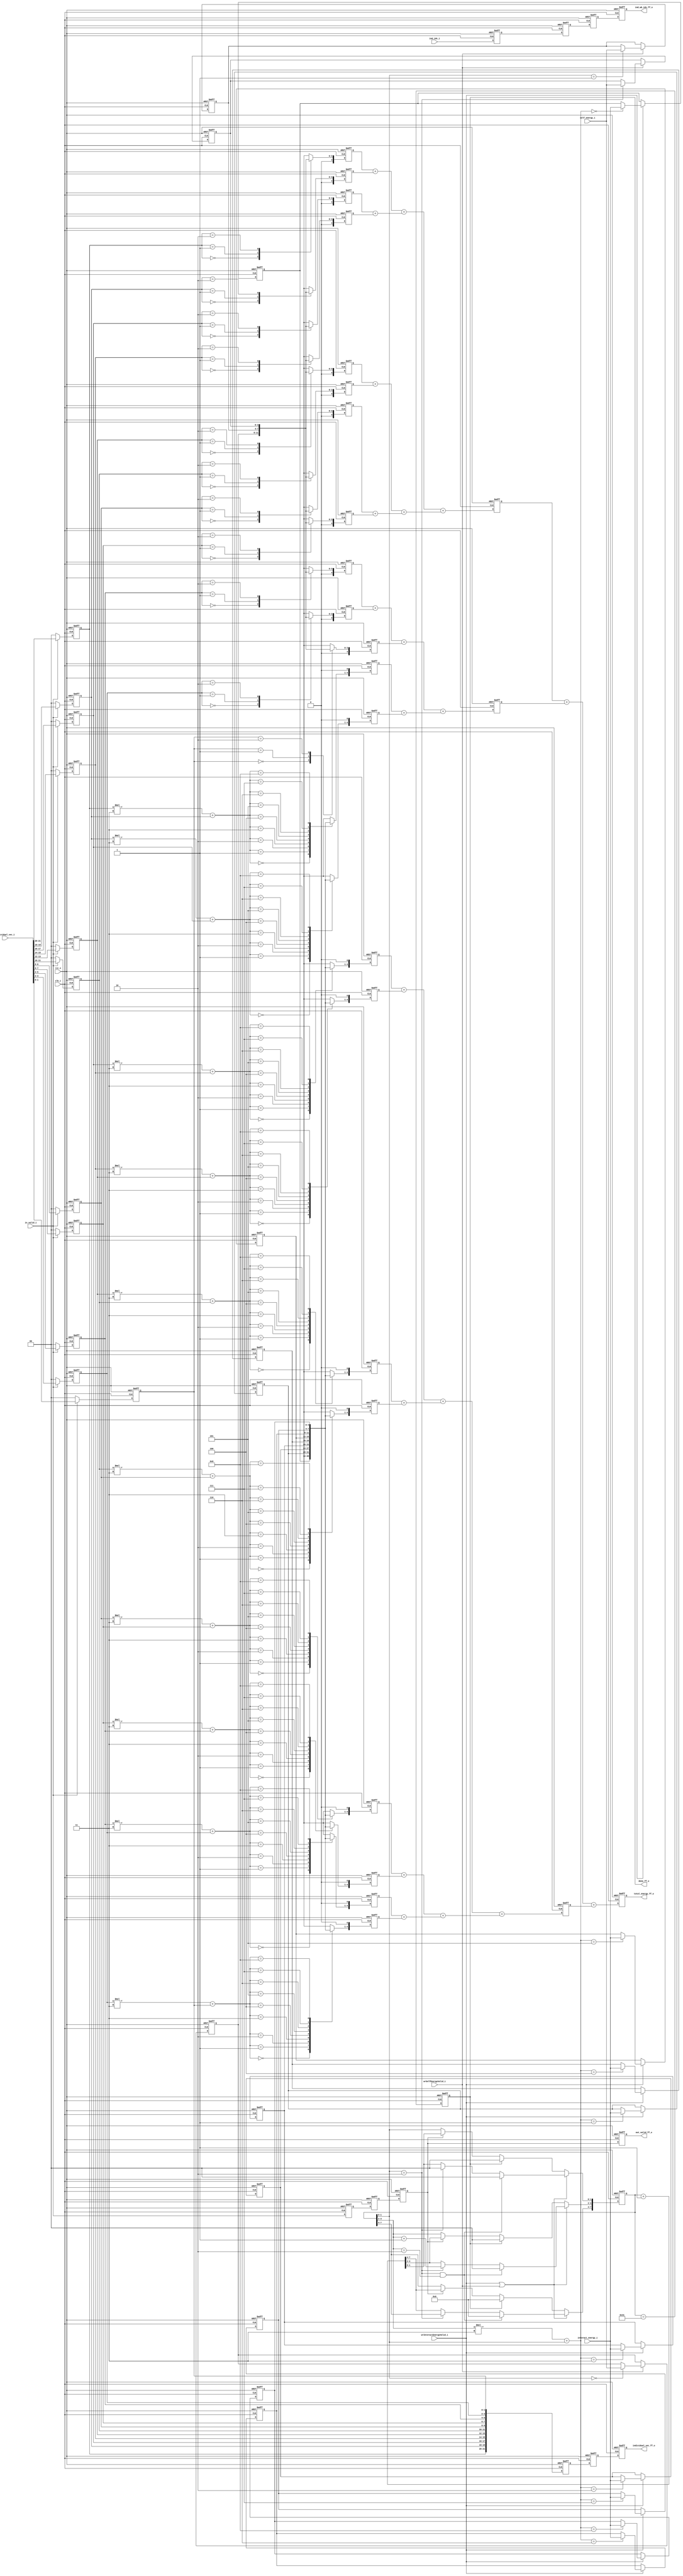
module fitness_eval #(
           parameter NUM_PARTICLE_TYPE        = 3  ,
           parameter DATA_WIDTH               = 4  ,
           parameter PARTICLE_LENGTH          = 2  ,
           parameter LATTICE_LENGTH           = 11 ,
           parameter SELF_FIT_LENGTH          = 10 ,
           parameter SELF_ENERGY_VEC_LENGTH   = NUM_PARTICLE_TYPE,
           parameter INTERACTION_MATRIX_LENGTH = (NUM_PARTICLE_TYPE**2),
           parameter INDIVIDUAL_LENGTH        = LATTICE_LENGTH * PARTICLE_LENGTH,
           parameter POP_SIZE                 = 50,
           parameter IDX_WIDTH                = 8,
           parameter PTR_LENGTH               = 2
       ) (
           //Inputs
           input clk_i,
           input rst_n,
           input [DATA_WIDTH   -1 : 0 ]                 self_energy_i,
           input [DATA_WIDTH   -1 : 0]                  interact_energy_i,
           input [INDIVIDUAL_LENGTH   -1 :0]            individual_vec_i,
           input  wrSelfEnergyValid_i,
           input  wrInteractEnergyValid_i,
           input  in_valid_i,
           input [IDX_WIDTH -1 :0]  ind_idx_i,

           //Outputs
           output reg out_valid_ff_o,
           output reg done_ff_o,
           output reg[SELF_FIT_LENGTH-1:0] total_energy_ff_o,
           output reg[INDIVIDUAL_LENGTH - 1 :0] individual_vec_ff_o,
           output reg[IDX_WIDTH-1:0] ind_wb_idx_ff_o
       );
//================================================================
//  LOCAL PARAMETERS
//================================================================
//SelfEnergy = SE
//IneractEnergy = IE
localparam SE_DF_ADD1_PIPE_DEPTH = LATTICE_LENGTH;
localparam IE_DF_ADD1_PIPE_DEPTH = LATTICE_LENGTH - 1;

localparam LV1_SE_ADDER_NUM = 6;
localparam LV1_IE_ADDER_NUM = 5;

localparam LV2_SE_ADDER_NUM = 3;
localparam LV2_IE_ADDER_NUM = 3;

localparam LV3_ADDER_NUM = 3;

localparam LV1_ADD_RESULT_WIDTH  = DATA_WIDTH + 2;
localparam LV2_ADD_RESULT_WIDTH  = DATA_WIDTH + 3;
localparam LV3_ADD_RESULT_WIDTH  = DATA_WIDTH + 4;
localparam LV4_ADD_RESULT_WIDTH  = DATA_WIDTH + 5;
localparam LV5_ADD_RESULT_WIDTH  = SELF_FIT_LENGTH;

localparam DF_ADD1_PIPE_WIDTH    = DATA_WIDTH + 1;
localparam PARTIAL_ENERGY_PIPE_WIDTH   = LV3_ADD_RESULT_WIDTH;

localparam CNT_WIDTH = 8;

//================================================================
//  INNER COMPONENTS
//================================================================
// Interact matrix ptr
wire[PTR_LENGTH-1:0] interactMatrix_RowPtr;
wire[PTR_LENGTH-1:0] interactMatrix_ColPtr;

// SelfEnergy ptr
wire[PTR_LENGTH-1:0] selfEnergyPtr;

// Buffer stage
reg[PARTICLE_LENGTH - 1 :0] individual_buffer[0:LATTICE_LENGTH-1];
reg in_valid_buf;
reg[IDX_WIDTH-1:0] ind_idx_buf;

// DF stage
reg[DATA_WIDTH - 1 :0] self_energy_vec_rf[0:NUM_PARTICLE_TYPE-1];
reg[DATA_WIDTH - 1 :0] interact_matrix_rf[0:NUM_PARTICLE_TYPE-1][0:NUM_PARTICLE_TYPE-1];

reg[DF_ADD1_PIPE_WIDTH - 1: 0] self_energy_DF_ADD1_pipe[0:SE_DF_ADD1_PIPE_DEPTH-1];
reg[DF_ADD1_PIPE_WIDTH - 1: 0] interact_energy_DF_ADD1_pipe[0:IE_DF_ADD1_PIPE_DEPTH-1];
reg in_valid_DF_ADD1_pipe;
reg[IDX_WIDTH -1 :0] ind_idx_DF_ADD1_pipe;
reg[INDIVIDUAL_LENGTH  - 1 :0] individual_vec_DF_ADD1_pipe;

// ADD1 stage
wire[LV1_ADD_RESULT_WIDTH-1:0]      self_energy_add_tree_lv1          [0:LV1_SE_ADDER_NUM -1];
wire[LV2_ADD_RESULT_WIDTH-1:0]      self_energy_add_tree_lv2          [0:LV2_SE_ADDER_NUM -1];

wire[LV1_ADD_RESULT_WIDTH-1:0]      interact_energy_add_tree_lv1      [0:LV1_IE_ADDER_NUM - 1];
wire[LV2_ADD_RESULT_WIDTH-1:0]      interact_energy_add_tree_lv2      [0:LV2_IE_ADDER_NUM - 1];

wire[LV3_ADD_RESULT_WIDTH-1:0]      partial_energy_add_tree_lv3       [0:LV3_ADDER_NUM-1];

reg[PARTIAL_ENERGY_PIPE_WIDTH-1 : 0]     partial_energy_ADD1_ADD2_pipe[0:LV3_ADDER_NUM-1];
reg[INDIVIDUAL_LENGTH        -1 : 0]     individual_vec_ADD1_ADD2_pipe;
reg[IDX_WIDTH-1:0]                       ind_idx_add1_add2_pipe;
reg in_valid_ADD1_ADD2_pipe;

//ADD2 and output stage

reg[CNT_WIDTH -1:0] individual_cnt;

wire wrInteractMatrix_done_flag ;
wire wrSelfEnergy_done_flag;

wire[LV5_ADD_RESULT_WIDTH-1: 0] total_energy_wr;
wire done_flag;
wire wrInteractRight_bound_reach_flag = interactMatrix_ColPtr == NUM_PARTICLE_TYPE-1;
wire wrInteractLower_bound_reach_flag = interactMatrix_RowPtr == NUM_PARTICLE_TYPE-1;


//================================================================
//  GENERATE VARAIBLE
//================================================================
genvar adder_idx;
integer pipe_idx;
integer i,j;

//================================================================
//  MAIN DESIGN
//================================================================
//===============================//
//  BUFFER STAGE                 //
//===============================//
always @(posedge clk_i or negedge rst_n )
begin : IN_VALID_BUF
    if(~rst_n)
    begin
        in_valid_buf <= 1'b0;
        ind_idx_buf  <= 1'b0;
    end
    else
    begin
        in_valid_buf <= in_valid_i;
        ind_idx_buf  <= ind_idx_i;
    end
    // in_valid_buf <= ~rst_n ? 1'b0 : in_valid_i;
    // ind_idx_buf  <= ~rst_n ? 1'b0 : ind_idx_i;
end


always @(posedge clk_i or negedge rst_n)
begin: IND_BUF
    // for(i=0;i<LATTICE_LENGTH;i=i+1)
    // begin
    if(~rst_n)
    begin
        for(i=0;i<LATTICE_LENGTH;i=i+1)
        begin
            individual_buffer[i] <= 'd0;
        end
    end
    else
    begin
        for(i=0;i<LATTICE_LENGTH;i=i+1)
        begin
            individual_buffer[i] <= in_valid_i ? individual_vec_i[INDIVIDUAL_LENGTH-1 - PARTICLE_LENGTH*i -: PARTICLE_LENGTH] : 'd0;
        end
    end
    // end
end

//==============================//
//  Data Fetch(DF) stage        //
//==============================//
always @(posedge clk_i or negedge rst_n)
begin: SELF_ENERGY_VEC_RF
    // for(i=0;i<NUM_PARTICLE_TYPE;i=i+1)
    // begin
    if(~rst_n)
    begin
        for(i=0;i<NUM_PARTICLE_TYPE;i=i+1)
        begin
            self_energy_vec_rf[i] <= 'd0;
        end
    end
    else if(wrSelfEnergyValid_i)
    begin
        for(i=0;i<NUM_PARTICLE_TYPE;i=i+1)
        begin
            self_energy_vec_rf[selfEnergyPtr] <= self_energy_i;
        end
    end
    else
    begin
        for(i=0;i<NUM_PARTICLE_TYPE;i=i+1)
        begin
            self_energy_vec_rf[i] <= self_energy_vec_rf[i];
        end
    end
    // end
end

always @(posedge clk_i or negedge rst_n)
begin: INTERACT_MATRIX_RF
    // for(i=0;i<NUM_PARTICLE_TYPE;i=i+1)
    // for(j=0;j<NUM_PARTICLE_TYPE;j=j+1)
    // begin
    if(~rst_n)
    begin
        for(i=0;i<NUM_PARTICLE_TYPE;i=i+1)
        begin
            for(j=0;j<NUM_PARTICLE_TYPE;j=j+1)
            begin
                interact_matrix_rf[i][j] <= 'd0;
            end
        end
    end
    else if(wrInteractEnergyValid_i)
    begin
        interact_matrix_rf[interactMatrix_RowPtr][interactMatrix_ColPtr] <= interact_energy_i;
    end
    else
    begin
        for(i=0;i<NUM_PARTICLE_TYPE;i=i+1)
        begin
            for(j=0;j<NUM_PARTICLE_TYPE;j=j+1)
            begin
                interact_matrix_rf[i][j] <= interact_matrix_rf[i][j];
            end
        end
    end
    // end
end

//=====================//
//  DF/ADD1            //
//=====================//

always @(posedge clk_i or negedge rst_n)
begin: SELF_ENERGY_DF_ADD1_PIPE
    // for(i = 0; i < LATTICE_LENGTH ; i = i + 1)
    if(~rst_n)
    begin
        for(i = 0; i < LATTICE_LENGTH ; i = i + 1)
        begin
            self_energy_DF_ADD1_pipe[i] <= 'd0;
        end
    end
    else
    begin
        for(i = 0; i < LATTICE_LENGTH ; i = i + 1)
        begin
            self_energy_DF_ADD1_pipe[i] <= self_energy_vec_rf[individual_buffer[i]];
        end
    end
end

always @(posedge clk_i or negedge rst_n)
begin: INTERACT_ENERGY_DF_ADD1_PIPE
    // for(i=0;i<LATTICE_LENGTH-1;i=i+1)
    if(~rst_n)
    begin
        for(i=0;i<LATTICE_LENGTH-1;i=i+1)
        begin
            interact_energy_DF_ADD1_pipe[i] <= 'd0;
        end
    end
    else
    begin
        for(i=0;i<LATTICE_LENGTH-1;i=i+1)
        begin
            interact_energy_DF_ADD1_pipe[i] <= (interact_matrix_rf[individual_buffer[i]][individual_buffer[i+1]] << 1);
        end
    end

end

always @(posedge clk_i or negedge rst_n)
begin: INDIVIDUAL_VEC_DF_ADD1_PIPE
    // for(i=0;i<LATTICE_LENGTH;i=i+1)
    // begin
    if(~rst_n)
    begin
        individual_vec_DF_ADD1_pipe <= 'd0;
    end
    else
    begin
        for(i=0;i<LATTICE_LENGTH;i=i+1)
        begin
            individual_vec_DF_ADD1_pipe[INDIVIDUAL_LENGTH-1 - PARTICLE_LENGTH*i -: PARTICLE_LENGTH] <= individual_buffer[i];
        end
    end
    // end
end



always @(posedge clk_i or negedge rst_n )
begin: IN_VALID_DF_ADD1_PIPE
    if(~rst_n)
    begin
        in_valid_DF_ADD1_pipe<= 1'b0;
        ind_idx_DF_ADD1_pipe <= 1'b0;
    end
    else
    begin
        in_valid_DF_ADD1_pipe<= in_valid_buf;
        ind_idx_DF_ADD1_pipe <= ind_idx_buf;
    end

    // in_valid_DF_ADD1_pipe      <= ~rst_n ? 1'b0 : in_valid_buf;
    // ind_idx_DF_ADD1_pipe       <= ~rst_n ? 1'b0 : ind_idx_buf;
end

//=======================//
//  ADD1 stage           //
//=======================//
//lv1.
generate
    for(adder_idx =0; adder_idx < LV1_SE_ADDER_NUM-1; adder_idx = adder_idx +1)
    begin: LV1_SE_adder_Tree1
        assign self_energy_add_tree_lv1[adder_idx] = (self_energy_DF_ADD1_pipe[adder_idx*2] + self_energy_DF_ADD1_pipe[adder_idx*2+ 1]);
    end
    assign self_energy_add_tree_lv1[LV1_SE_ADDER_NUM-1] = {1'b0,self_energy_DF_ADD1_pipe[LATTICE_LENGTH-1]};

    for(adder_idx =0; adder_idx < LV1_IE_ADDER_NUM; adder_idx = adder_idx +1)
    begin: LV1_IE_adder_Tree1
        assign interact_energy_add_tree_lv1[adder_idx] = (interact_energy_DF_ADD1_pipe[adder_idx*2] + interact_energy_DF_ADD1_pipe[adder_idx*2 + 1]);
    end
endgenerate

//lv2
generate
    for(adder_idx =0; adder_idx < LV2_SE_ADDER_NUM; adder_idx = adder_idx +1)
    begin: LV2_SE_adder_Tree2
        if(adder_idx == LV2_SE_ADDER_NUM-1)
        begin
            assign self_energy_add_tree_lv2[adder_idx] = (self_energy_add_tree_lv1[adder_idx*2] + {1'b0,self_energy_DF_ADD1_pipe[LATTICE_LENGTH-1]} );
        end
        else
        begin
            assign self_energy_add_tree_lv2[adder_idx] = (self_energy_add_tree_lv1[adder_idx*2] + self_energy_add_tree_lv1[adder_idx*2+1]);
        end
    end

    for(adder_idx =0; adder_idx < LV2_IE_ADDER_NUM; adder_idx = adder_idx +1)
    begin: LV2_IE_adder_Tree2
        if(adder_idx == 0)
        begin
            assign interact_energy_add_tree_lv2[0] = {1'b0,interact_energy_add_tree_lv1[0]} ;
        end
        else
        begin
            assign interact_energy_add_tree_lv2[adder_idx] = interact_energy_add_tree_lv1[adder_idx*2-1] + interact_energy_add_tree_lv1[adder_idx*2];
        end
    end
endgenerate

//lv3
assign partial_energy_add_tree_lv3[0] = self_energy_add_tree_lv2[0]     + self_energy_add_tree_lv2[1];
assign partial_energy_add_tree_lv3[1] = self_energy_add_tree_lv2[2]     + interact_energy_add_tree_lv2[0];
assign partial_energy_add_tree_lv3[2] = interact_energy_add_tree_lv2[1] + interact_energy_add_tree_lv2[2];

//=====================//
//  ADD1/ADD2          //
//=====================//

always @(posedge clk_i or negedge rst_n)
begin: ADD1_ADD2_PIPE
    // for(pipe_idx = 0 ; pipe_idx < LV3_ADDER_NUM ; pipe_idx = pipe_idx + 1)
    if(~rst_n)
    begin
        for(pipe_idx = 0 ; pipe_idx < LV3_ADDER_NUM ; pipe_idx = pipe_idx + 1)
        begin
            partial_energy_ADD1_ADD2_pipe[pipe_idx] <= 'd0;
        end
    end
    else
    begin
        for(pipe_idx = 0 ; pipe_idx < LV3_ADDER_NUM ; pipe_idx = pipe_idx + 1)
        begin
            partial_energy_ADD1_ADD2_pipe[pipe_idx] <= partial_energy_add_tree_lv3[pipe_idx];
        end
    end
end

always @(posedge clk_i or negedge rst_n)
begin: IN_VALID_ADD1_ADD2_PIPE
    if(~rst_n)
    begin
        in_valid_ADD1_ADD2_pipe<= 1'd0;
        ind_idx_add1_add2_pipe <= 1'd0;
    end
    else
    begin
        in_valid_ADD1_ADD2_pipe <= in_valid_DF_ADD1_pipe;
        ind_idx_add1_add2_pipe  <= ind_idx_DF_ADD1_pipe;
    end
    // in_valid_ADD1_ADD2_pipe <= ~rst_n ? 1'd0 : in_valid_DF_ADD1_pipe;
    // ind_idx_add1_add2_pipe  <= ~rst_n ? 1'd0 : ind_idx_DF_ADD1_pipe;
end

always @(posedge clk_i or negedge rst_n)
begin: INDIVIDUAL_ADD1_ADD2_PIPE
    if(~rst_n)
    begin
        individual_vec_ADD1_ADD2_pipe <= 'd0;
    end
    else
    begin
        individual_vec_ADD1_ADD2_pipe <= individual_vec_DF_ADD1_pipe;
    end
end


//=====================//
//  ADD2 stage         //
//=====================//

//2 lv Adder tree
assign total_energy_wr = (partial_energy_ADD1_ADD2_pipe[0] + partial_energy_ADD1_ADD2_pipe[1]) + {1'b0,partial_energy_ADD1_ADD2_pipe[2]};


always @(posedge clk_i or negedge rst_n)
begin: INDIVIDUAL_CNT
    if(~rst_n)
    begin
        individual_cnt <= 'd0;
    end
    else if(wrInteractEnergyValid_i || wrSelfEnergyValid_i)
    begin
        if(wrInteractMatrix_done_flag)
        begin
            individual_cnt <= 'd0;
        end
        else if(wrInteractRight_bound_reach_flag)
        begin
            individual_cnt[3:2] <= individual_cnt[3:2] + 'd1;
            individual_cnt[1:0] <= 'd0;
        end
        else
        begin
            individual_cnt <= individual_cnt + 'd1;
        end
    end
    else if(done_ff_o)
    begin
        individual_cnt <= 'd0;
    end
    else if(in_valid_ADD1_ADD2_pipe == 1'b1)
    begin
        individual_cnt <= individual_cnt + 'd1;
    end
    else
    begin
        individual_cnt <= individual_cnt;
    end
end

assign interactMatrix_RowPtr = individual_cnt[3:2];
assign interactMatrix_ColPtr = individual_cnt[1:0];
assign selfEnergyPtr         = individual_cnt[1:0];

assign wrInteractMatrix_done_flag       = (wrInteractRight_bound_reach_flag && wrInteractLower_bound_reach_flag);
assign wrSelfEnergy_done_flag           = (individual_cnt == SELF_ENERGY_VEC_LENGTH-1);
assign done_flag                        = (individual_cnt == POP_SIZE-1);

//====================//
//  OUTPUT stage      //
//====================//
always @(posedge clk_i or negedge rst_n)
begin: TOTAL_ENERGY_O
    if(~rst_n)
    begin
        total_energy_ff_o <= 'd0;
    end
    else
    begin
        total_energy_ff_o <= total_energy_wr;
    end
end


always @(posedge clk_i or negedge rst_n)
begin: INDIVIDUAL_VEC_O
    if(~rst_n)
    begin
        individual_vec_ff_o <= 'd0;
    end
    else
    begin
        individual_vec_ff_o <= individual_vec_ADD1_ADD2_pipe ;
    end
end


always @(posedge clk_i or negedge rst_n)
begin: OUTPUT_INDICATOR_SIGNAL_O
    if(~rst_n)
    begin
        done_ff_o <= 1'b0;
        out_valid_ff_o <= 1'b0;
        ind_wb_idx_ff_o <= 1'b0;
    end
    else
    begin
        done_ff_o <= done_flag;
        out_valid_ff_o <=  in_valid_ADD1_ADD2_pipe;
        ind_wb_idx_ff_o <= ind_idx_add1_add2_pipe;
    end
    // done_ff_o           <= ~rst_n ? 1'b0 : done_flag;
    // out_valid_ff_o      <= ~rst_n ? 1'b0 : in_valid_ADD1_ADD2_pipe;
    // ind_wb_idx_ff_o     <= ~rst_n ? 1'b0 : ind_idx_add1_add2_pipe;
end


endmodule